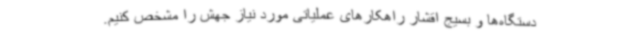
دستگاه‌ها و بسیج اقشار راهکارهای عملیاتی مورد نیاز جهش را مشخص کنیم.